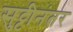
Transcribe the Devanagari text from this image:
सुट्टीनंतर